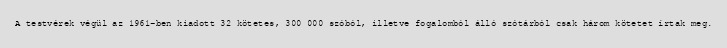
A testvérek végül az 1961-ben kiadott 32 kötetes, 300 000 szóból, illetve fogalomból álló szótárból csak három kötetet írtak meg.